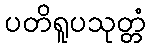
ပတိရူပသုတ္တံ